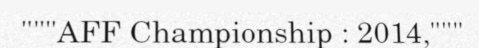
"""AFF Championship : 2014,"""